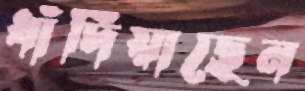
ধাঁদিয়াছেন